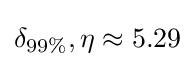
\delta _{99\%},\eta \approx 5.29